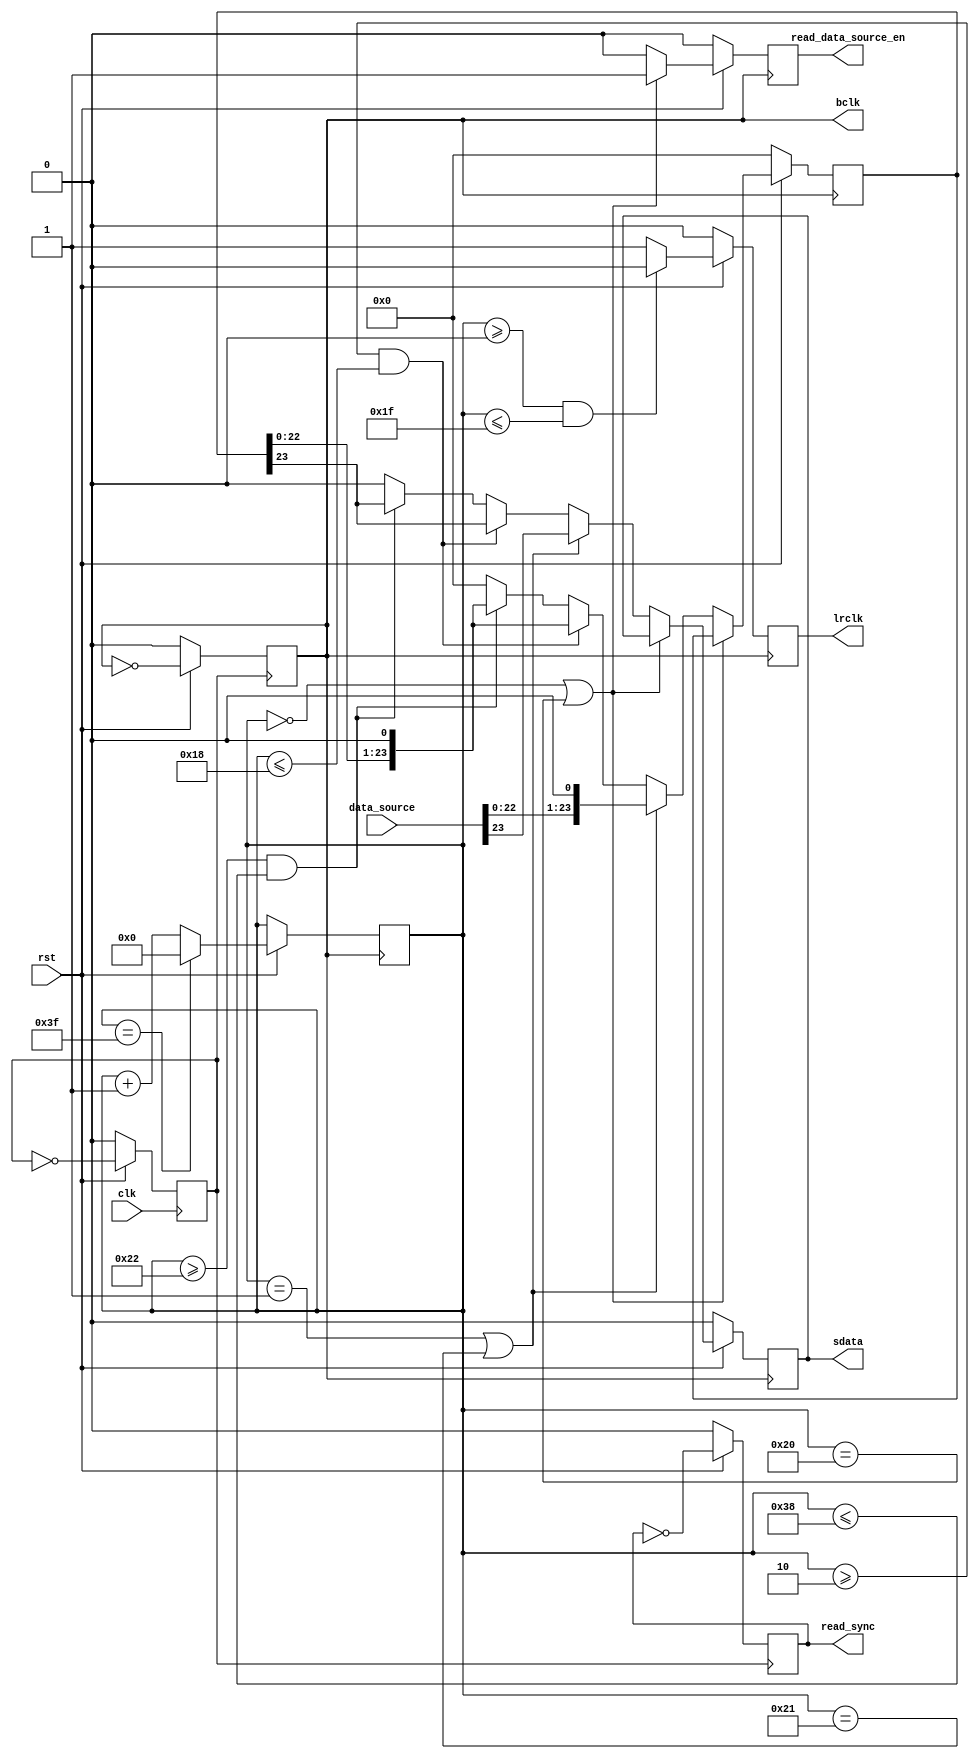
//=============================================================================
//	send_data_by_i2s.v
//	one time send 24 bits data;
//	read_data_source_en and read_sync as a signal use to get data from RAM or FIFO.
//=============================================================================
//system clock = 50MHz
`timescale 1ns/1ns

module send_data_by_i2s #
	(
		parameter integer I2S_SENDER_TEST_DATA_WIDTH = 24
	)
	(
		input wire clk,
		input wire rst,
		input wire [I2S_SENDER_TEST_DATA_WIDTH - 1 : 0] data_source,
		output reg read_data_source_en = 0,
		output reg read_sync = 1'b0,
		output reg bclk = 1'b0,
		output reg lrclk = 0,
		output reg sdata = 0
	);

	reg clk_div1 = 0;
	reg [5:0] bclk_count = 6'b0;
	reg [I2S_SENDER_TEST_DATA_WIDTH - 1 : 0] data_buffer;

	always @(posedge clk) begin
		if(rst == 0) begin
			clk_div1 <= 0;
		end
		else begin
			clk_div1 <= ~clk_div1;
		end
	end

	always @(posedge clk_div1) begin
		if(rst == 0) begin
			bclk <= 0;
			read_sync <= 0;
		end
		else begin
			bclk <= ~bclk;
			read_sync <= ~read_sync;
		end
	end

	always @(negedge bclk) begin
		if(rst == 0) begin
			sdata <= 0;
			lrclk <= 0;
			data_buffer <= 0;
		end
		else begin
			if((bclk_count>=0)&&(bclk_count<=31)) 
				lrclk <= 1'b0; // left channel
			else
				lrclk <= 1'b1; // right chanel

			if(bclk_count==6'd0 || bclk_count==6'd32) begin
			end
			else if(bclk_count==6'd1 || bclk_count==6'd33) begin
				sdata <= data_source[I2S_SENDER_TEST_DATA_WIDTH - 1]; // shift output
				data_buffer[I2S_SENDER_TEST_DATA_WIDTH - 1 : 0] <= {data_source[I2S_SENDER_TEST_DATA_WIDTH - 2:0],1'b0};
			end
			else if(bclk_count>=6'd2 && bclk_count<=I2S_SENDER_TEST_DATA_WIDTH) begin//it's time send left channel
				sdata <= data_buffer[I2S_SENDER_TEST_DATA_WIDTH - 1]; // shift output
				data_buffer[I2S_SENDER_TEST_DATA_WIDTH - 1 : 0] <= {data_buffer[I2S_SENDER_TEST_DATA_WIDTH - 2:0],1'b0};
			end
			else if(bclk_count>=6'd34 && bclk_count<=32 + I2S_SENDER_TEST_DATA_WIDTH) begin // send right channel
				sdata <= data_buffer[I2S_SENDER_TEST_DATA_WIDTH - 1]; // shift output
				data_buffer[I2S_SENDER_TEST_DATA_WIDTH - 1 : 0] <= {data_buffer[I2S_SENDER_TEST_DATA_WIDTH - 2:0],1'b0};
			end
			else begin
				sdata <= 0;
				data_buffer <= 0;
			end


			if(bclk_count == 6'b11_1111) begin
				bclk_count <= 6'b0;
			end
			else begin
				bclk_count <= bclk_count + 1'b1;
			end
		end
	end

	always @(posedge bclk) begin
		if(rst == 0) begin
			read_data_source_en <= 0;
		end
		else begin
			if(bclk_count==6'd0 || bclk_count==6'd32) begin
				read_data_source_en <= 1;	//Read data enable
			end
			else begin
				read_data_source_en <= 0;
			end
		end
	end
endmodule